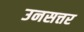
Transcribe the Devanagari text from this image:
उनसत्तर